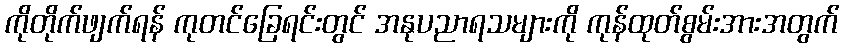
ကိုတိုက်ဖျက်ရန် ကုတင်ခြေရင်းတွင် အနုပညာရသများကို ကုန်ထုတ်စွမ်းအားအတွက်